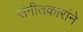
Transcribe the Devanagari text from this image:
संगीतकारांने